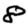
Digit: 8